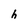
Character: h